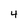
Character: 4